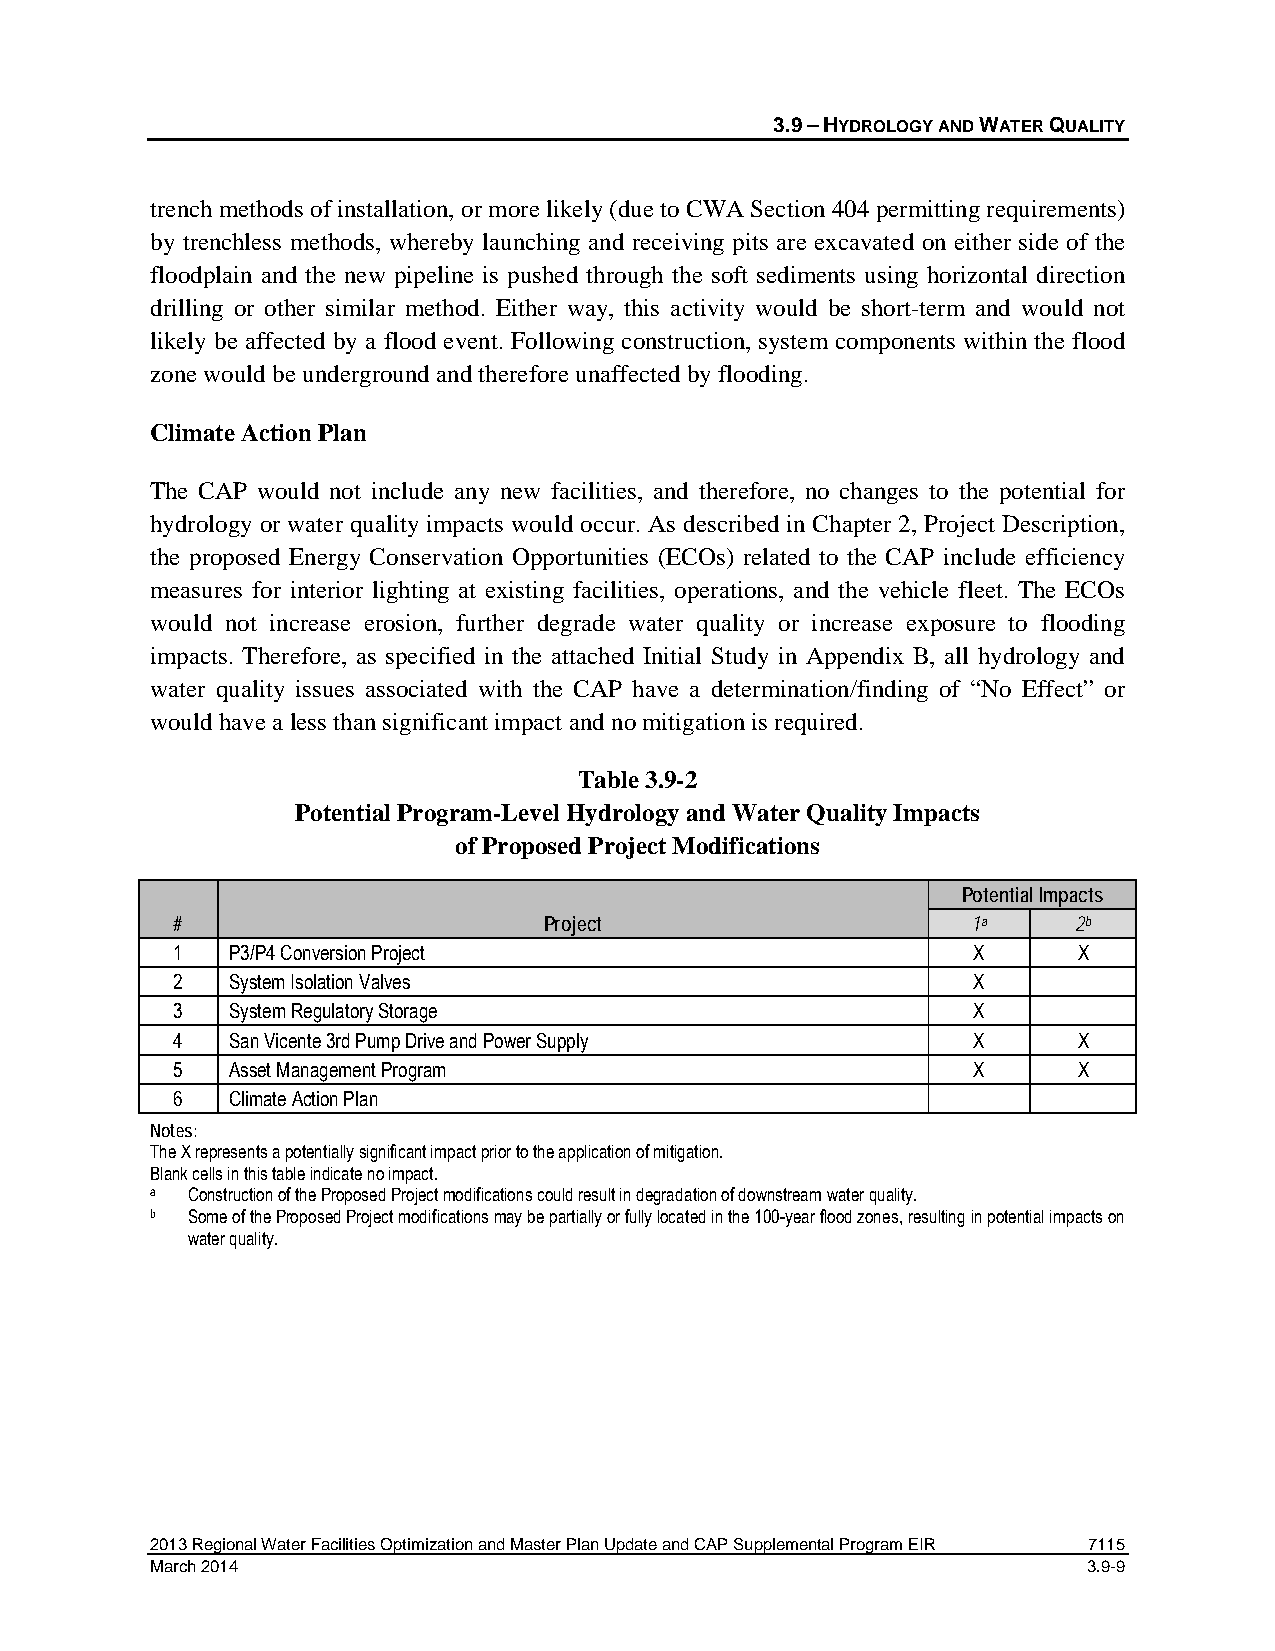
3.9 – HYDROLOGY AND WATER QUALITY
 trench methods of installation, or more likely (due to CWA Section 404 permitting requirements)
 by trenchless methods, whereby launching and receiving pits are excavated on either side of the
 floodplain and the new pipeline is pushed through the soft sediments using horizontal direction
 drilling or other similar method. Either way, this activity would be short-term and would not
 likely be affected by a flood event. Following construction, system components within the flood
 zone would be underground and therefore unaffected by flooding.
 Climate Action Plan
 The CAP would not include any new facilities, and therefore, no changes to the potential for
 hydrology or water quality impacts would occur. As described in Chapter 2, Project Description,
 the proposed Energy Conservation Opportunities (ECOs) related to the CAP include efficiency
 measures for interior lighting at existing facilities, operations, and the vehicle fleet. The ECOs
 would not increase erosion, further degrade water quality or increase exposure to flooding
 impacts. Therefore, as specified in the attached Initial Study in Appendix B, all hydrology and
 water quality issues associated with the CAP have a determination/finding of “No Effect” or
 would have a less than significant impact and no mitigation is required.
 Table 3.9-2
 Potential Program-Level Hydrology and Water Quality Impacts
 of Proposed Project Modifications
 Potential Impacts
 #                        Project                     1a     2b
 1   P3/P4 Conversion Project                         X      X
 2   System Isolation Valves                          X
 3   System Regulatory Storage                        X
 4   San Vicente 3rd Pump Drive and Power Supply      X      X
 5   Asset Management Program                         X      X
 6   Climate Action Plan
 Notes:
 The X represents a potentially significant impact prior to the application of mitigation.
 Blank cells in this table indicate no impact.
 a Construction of the Proposed Project modifications could result in degradation of downstream water quality.
 b Some of the Proposed Project modifications may be partially or fully located in the 100-year flood zones, resulting in potential impacts on
 water quality.
 2013 Regional Water Facilities Optimization and Master Plan Update and CAP Supplemental Program EIR 7115
 March 2014                                                    3.9-9